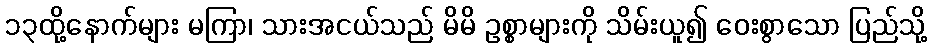
၁၃ထို့နောက်များ မကြာ၊ သားအငယ်သည် မိမိ ဥစ္စာများကို သိမ်းယူ၍ ဝေးစွာသော ပြည်သို့